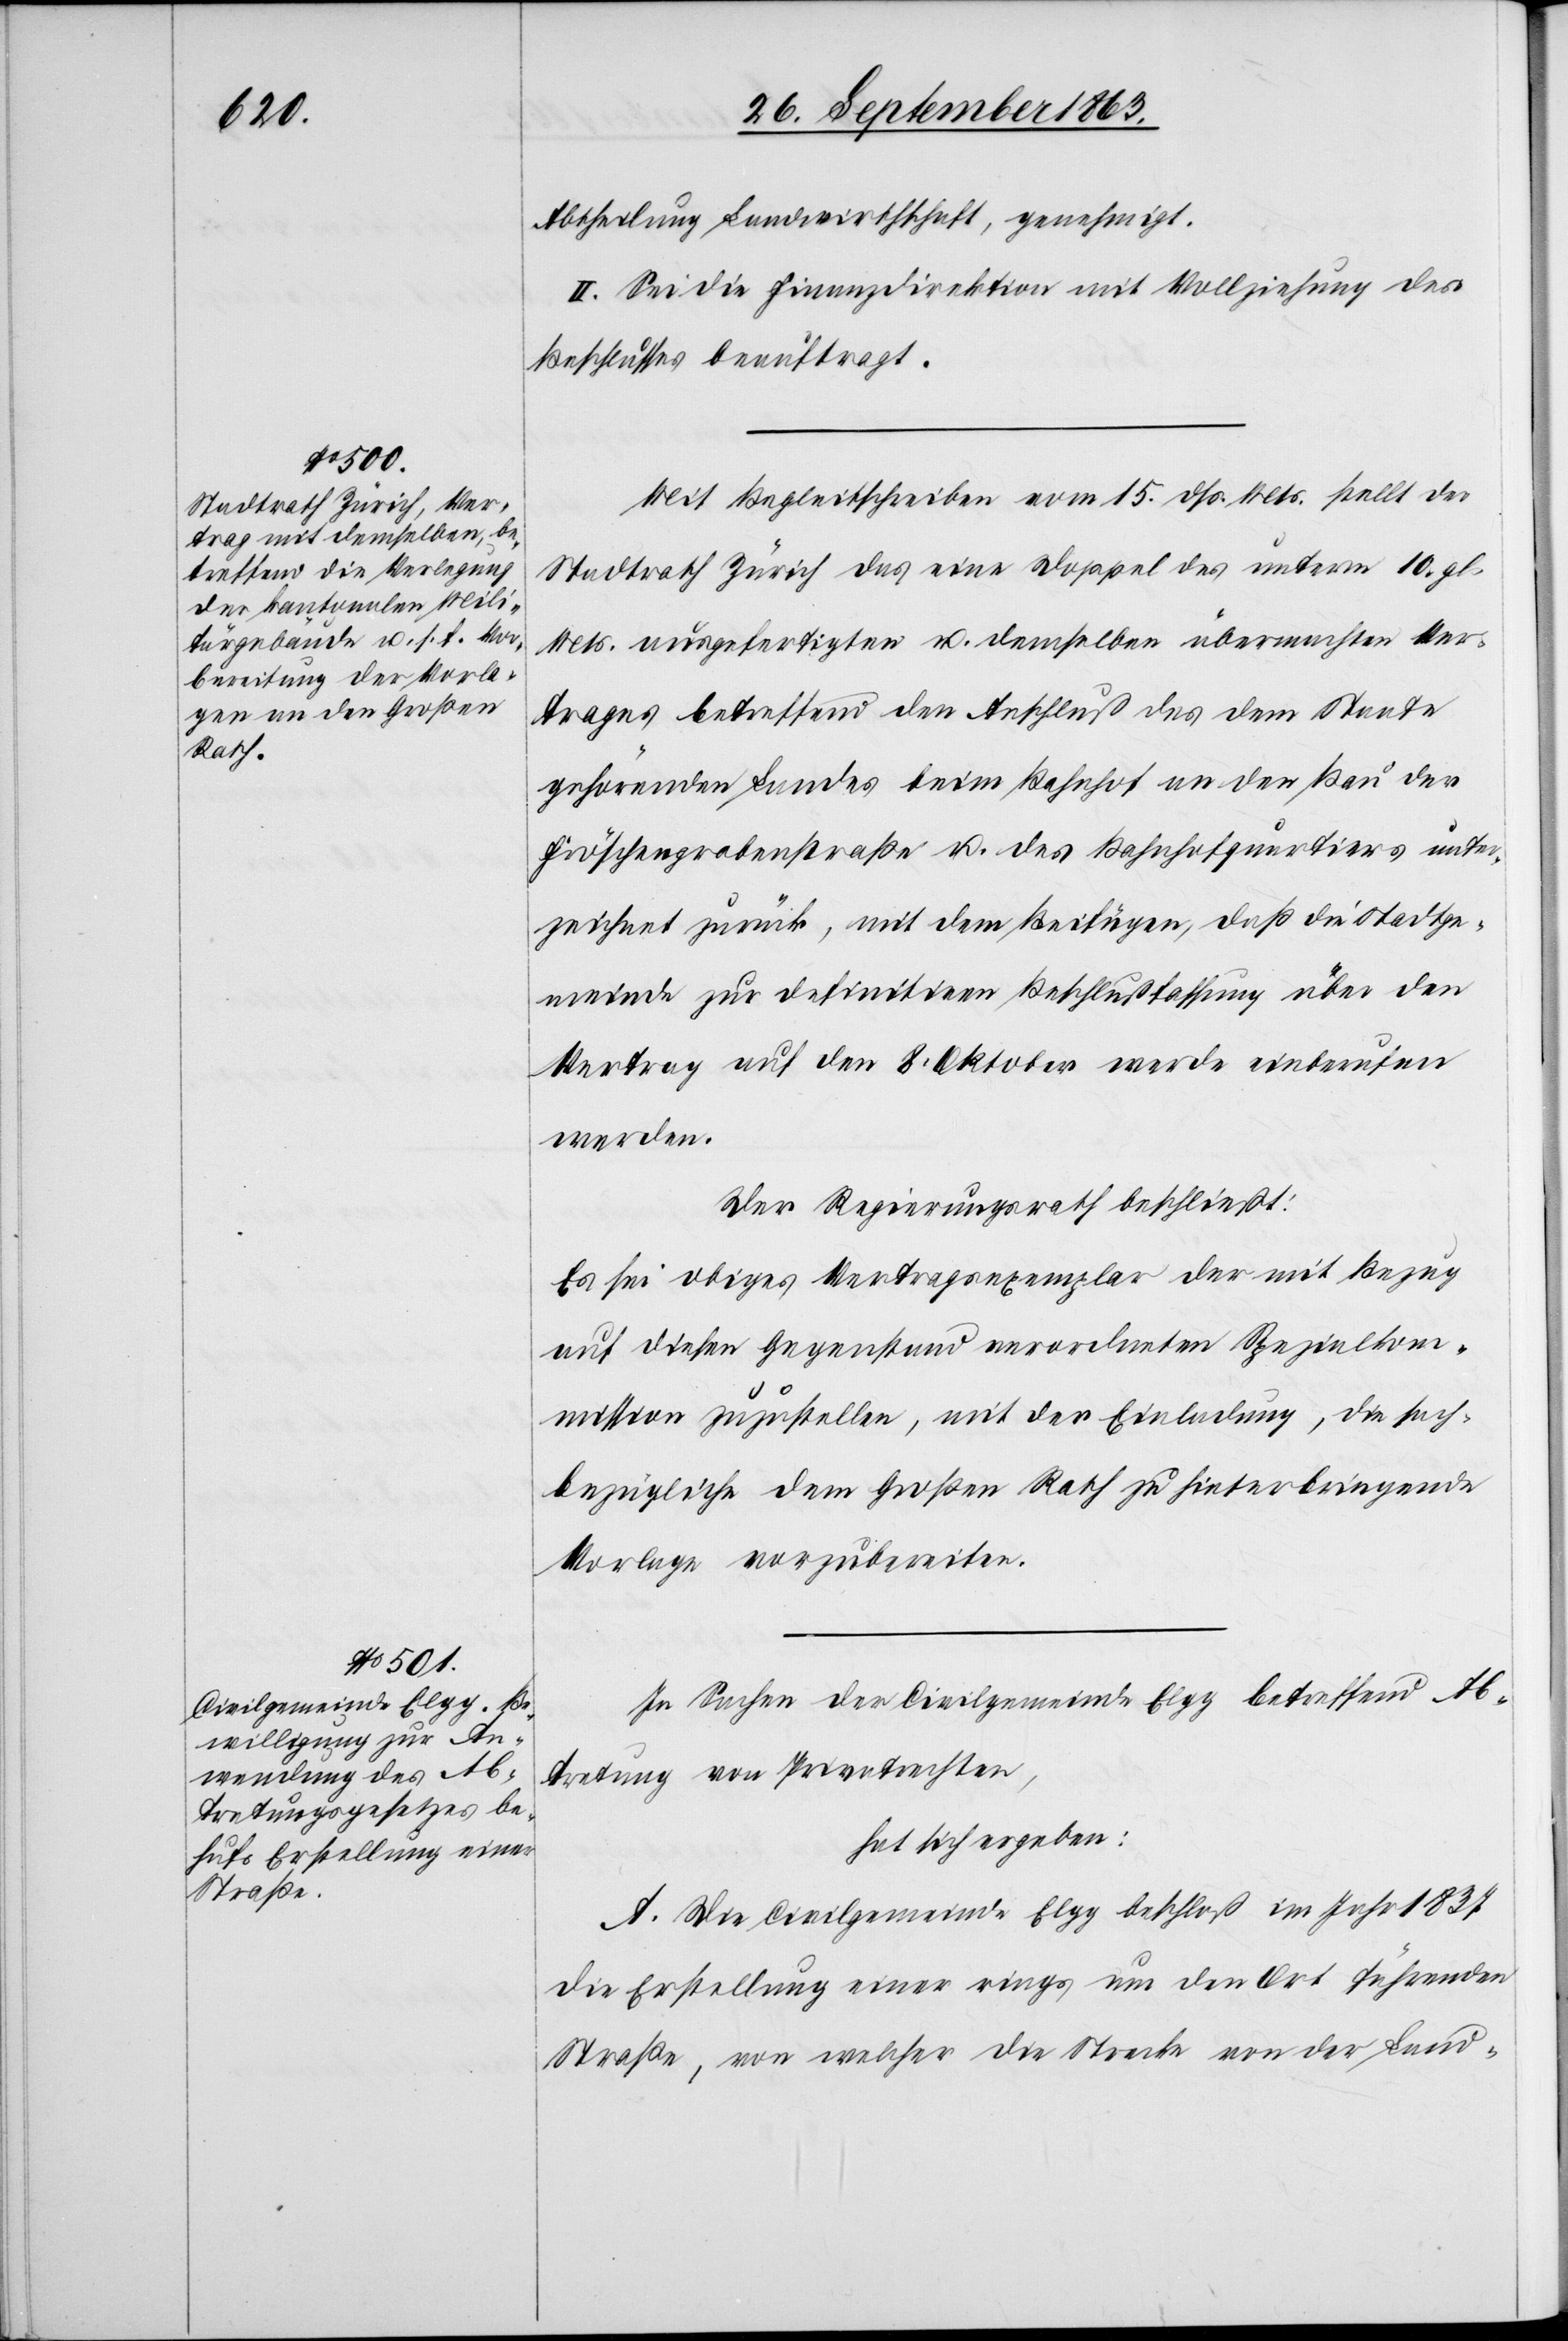
Abtheilung Landwirthschaft, genehmigt.
II. Sei die Finanzdirektion mit Vollziehung des
Beschlusses beauftragt.
Mit Begleitschreiben vom 15. dß. Mts. stellt der
Stadtrath Zürich das eine Doppel des unterm 10. gl.
Mts. ausgefertigten u. demselben übermachten Ver¬
trages betreffend den Anschluß des dem Staate
gehörenden Landes beim Bahnhof an den Bau der
Fröschengrabenstraße u. des Bahnhofquartiers unter¬
zeichnet zurück, mit dem Beifügen, daß die Stadtge¬
meinde zur definitiven Beschlußfassung über den
Vertrag auf den 8. Oktober werde einberufen
werden.
Der Regierungsrath beschließt:
Es sei obiges Vertragsexemplar der mit Bezug
auf diesen Gegenstand verordneten Spezialkom¬
mission zuzustellen, mit der Einladung, die sach¬
bezügliche dem Großen Rath zu hinterbringende
Vorlage vorzubereiten.
In Sachen der Civilgemeinde Elgg betreffend Ab¬
tretung von Privatrechten,
hat sich ergeben:
A. Die Civilgemeinde Elgg beschloß im Jahr 1837
die Erstellung einer rings um den Ort führenden
Straße, von welcher die Strecke von der Land-